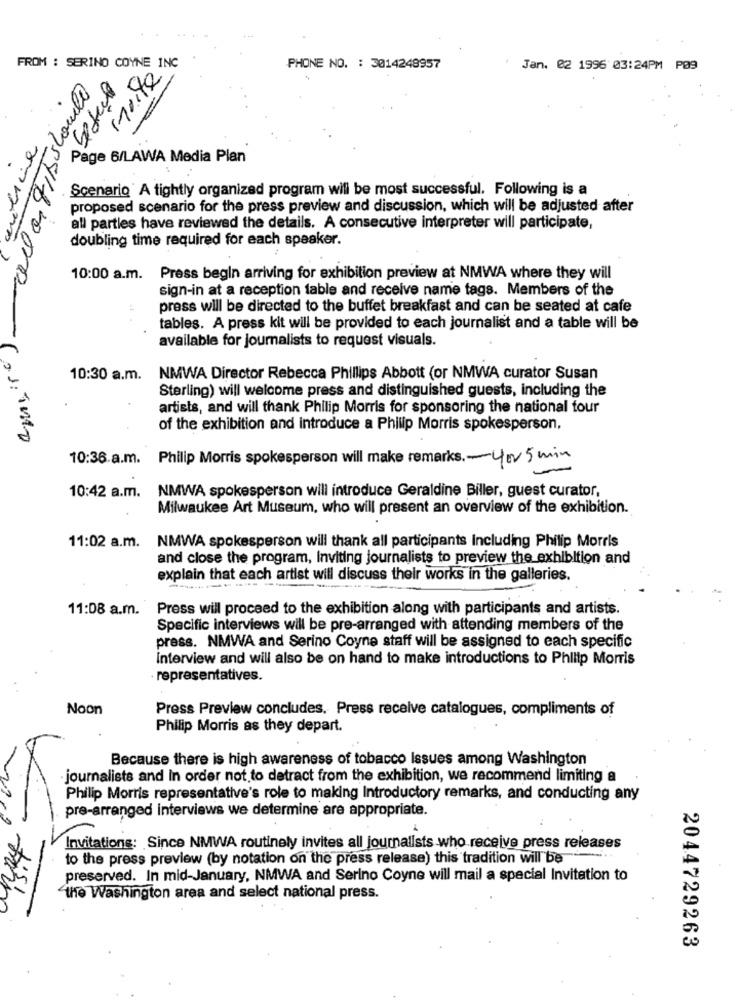
FROM : SERINO COYNE INC
PHONE NO. : 3014248957
Jan. 02 1996 03:24PM P09
Lafiels
Page 6/LAWA Media Plan
Scenario A tightly organized program will be most successful. Following is a
proposed scenario for the press preview and discussion, which will be adjusted after
all parties have reviewed the details. A consecutive interpreter will participate,
doubling time required for each speaker.
10:00 a.m. Press begin arriving for exhibition preview at NMWA where they will
sign-in at a reception table and receive name tags. Members of the
press will be directed to the buffet breakfast and can be seated at cafe
tables. A press kit will be provided to each journalist and a table will be
available for journalists to request visuals.
10:30 a.m.
NMWA Director Rebecca Phillips Abbott (or NMWA curator Susan
Sterling) will welcome press and distinguished guests, including the
artists, and will thank Philip Morris for sponsoring the national four
mas 55/1820000 ( ): 0
of the exhibition and introduce a Philip Morris spokesperson,
10:36.a.m. Philip Morris spokesperson will make remarks. - 40v 5 min
NMWA spokesperson will introduce Geraldine Biller, guest curator,
10:42 a.m.
Milwaukee Art Museum, who will present an overview of the exhibition.
NMWA spokesperson will thank all participants Including Philip Morris
11:02 a.m.
and close the program, Inviting journalists to preview the exhibition and
explain that each artist will discuss their works in the galleries.
11:08 a.m.
Press will proceed to the exhibition along with participants and artists.
Specific interviews will be pre-arranged with attending members of the
press. NMWA and Serino Coyne staff will be assigned to each specific
Interview and will also be on hand to make introductions to Philip Morris
· representatives.
Noon
Press Preview concludes. Press receive catalogues, compliments of
9
Philip Morris as they depart.
Because there is high awareness of tobacco Issues among Washington
·journalists and in order not to detract from the exhibition, we recommend limiting a
Philip Morris representative's role to making Introductory remarks, and conducting any
pre-arranged interviews we determine are appropriate.
1
Invitations: Since NMWA routinely invites all journalists who receive press releases
to the press preview (by notation on the press release) this tradition will be
preserved. In mid-January, NMWA and Serino Coyne will mail a special Invitation to
the Washington area and select national press.
2044729263